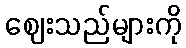
ဈေးသည်များကို